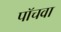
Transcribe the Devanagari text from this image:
पॉचवा